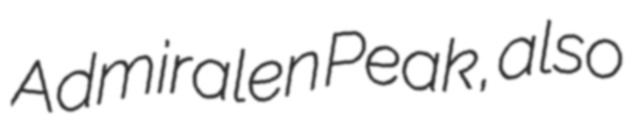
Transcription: Admiralen Peak, also